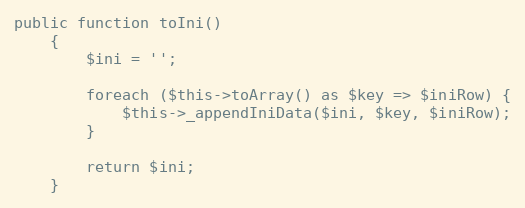
Language: PHP
public function toIni()
    {
        $ini = '';

        foreach ($this->toArray() as $key => $iniRow) {
            $this->_appendIniData($ini, $key, $iniRow);
        }

        return $ini;
    }